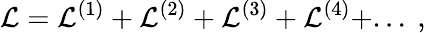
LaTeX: {\cal L}={\cal L}^{(1)}+{\cal L}^{(2)}+{\cal L}^{(3)}+{\cal L}^{(4)}+...\ ,